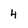
Character: 4